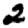
Digit: 2